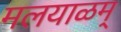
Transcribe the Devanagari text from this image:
मलयाळम्‌